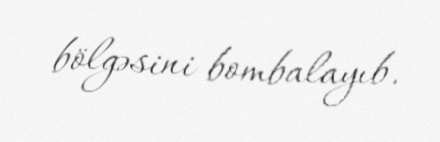
bölgəsini bombalayıb.